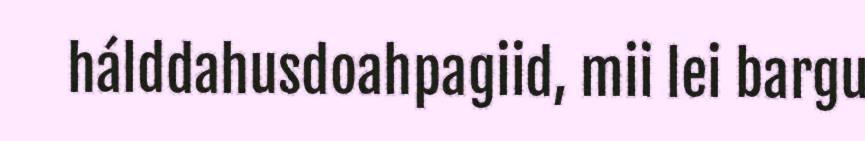
hálddahusdoahpagiid, mii lei bargu